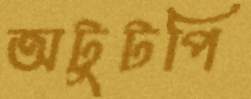
অটুটপি